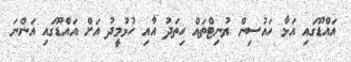
އައްޑޫގައި އަޅާ ހައުސިން ޔުނިޓްތައް ހިތަދު އާއި ހުޅުމީދު އަށް އައްޑޫގައި އަންނަ